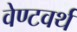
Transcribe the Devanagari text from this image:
वेण्टवर्थ